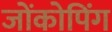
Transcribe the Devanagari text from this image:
जोंकोपिंग